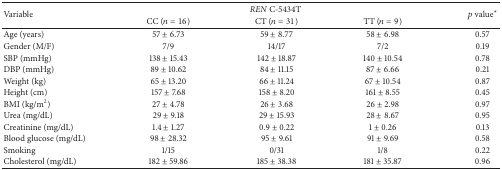
| <ROWSPAN=2> Variable | <COLSPAN=3> REN C-5434T | <ROWSPAN=2> p value∗ |
 | CC (n = 16) | CT (n = 31) | TT (n = 9) |
 | --- | --- | --- | --- | --- |
 | Age (years) | 57 ± 6.73 | 59 ± 8.77 | 58 ± 6.98 | 0.57 |
 | Gender (M/F) | 7/9 | 14/17 | 7/2 | 0.19 |
 | SBP (mmHg) | 138 ± 15.43 | 142 ± 18.87 | 140 ± 10.54 | 0.78 |
 | DBP (mmHg) | 89 ± 10.62 | 84 ± 11.15 | 87 ± 6.66 | 0.21 |
 | Weight (kg) | 65 ± 13.20 | 66 ± 11.24 | 67 ± 10.54 | 0.87 |
 | Height (cm) | 157 ± 7.68 | 158 ± 8.20 | 161 ± 8.55 | 0.45 |
 | BMI (kg/m2) | 27 ± 4.78 | 26 ± 3.68 | 26 ± 2.98 | 0.97 |
 | Urea (mg/dL) | 29 ± 9.18 | 29 ± 15.93 | 28 ± 8.67 | 0.95 |
 | Creatinine (mg/dL) | 1.4 ± 1.27 | 0.9 ± 0.22 | 1 ± 0.26 | 0.13 |
 | Blood glucose (mg/dL) | 98 ± 28.32 | 95 ± 9.61 | 91 ± 9.69 | 0.58 |
 | Smoking | 1/15 | 0/31 | 1/8 | 0.22 |
 | Cholesterol (mg/dL) | 182 ± 59.86 | 185 ± 38.38 | 181 ± 35.87 | 0.96 |